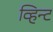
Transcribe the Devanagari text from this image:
व्हिन्ट